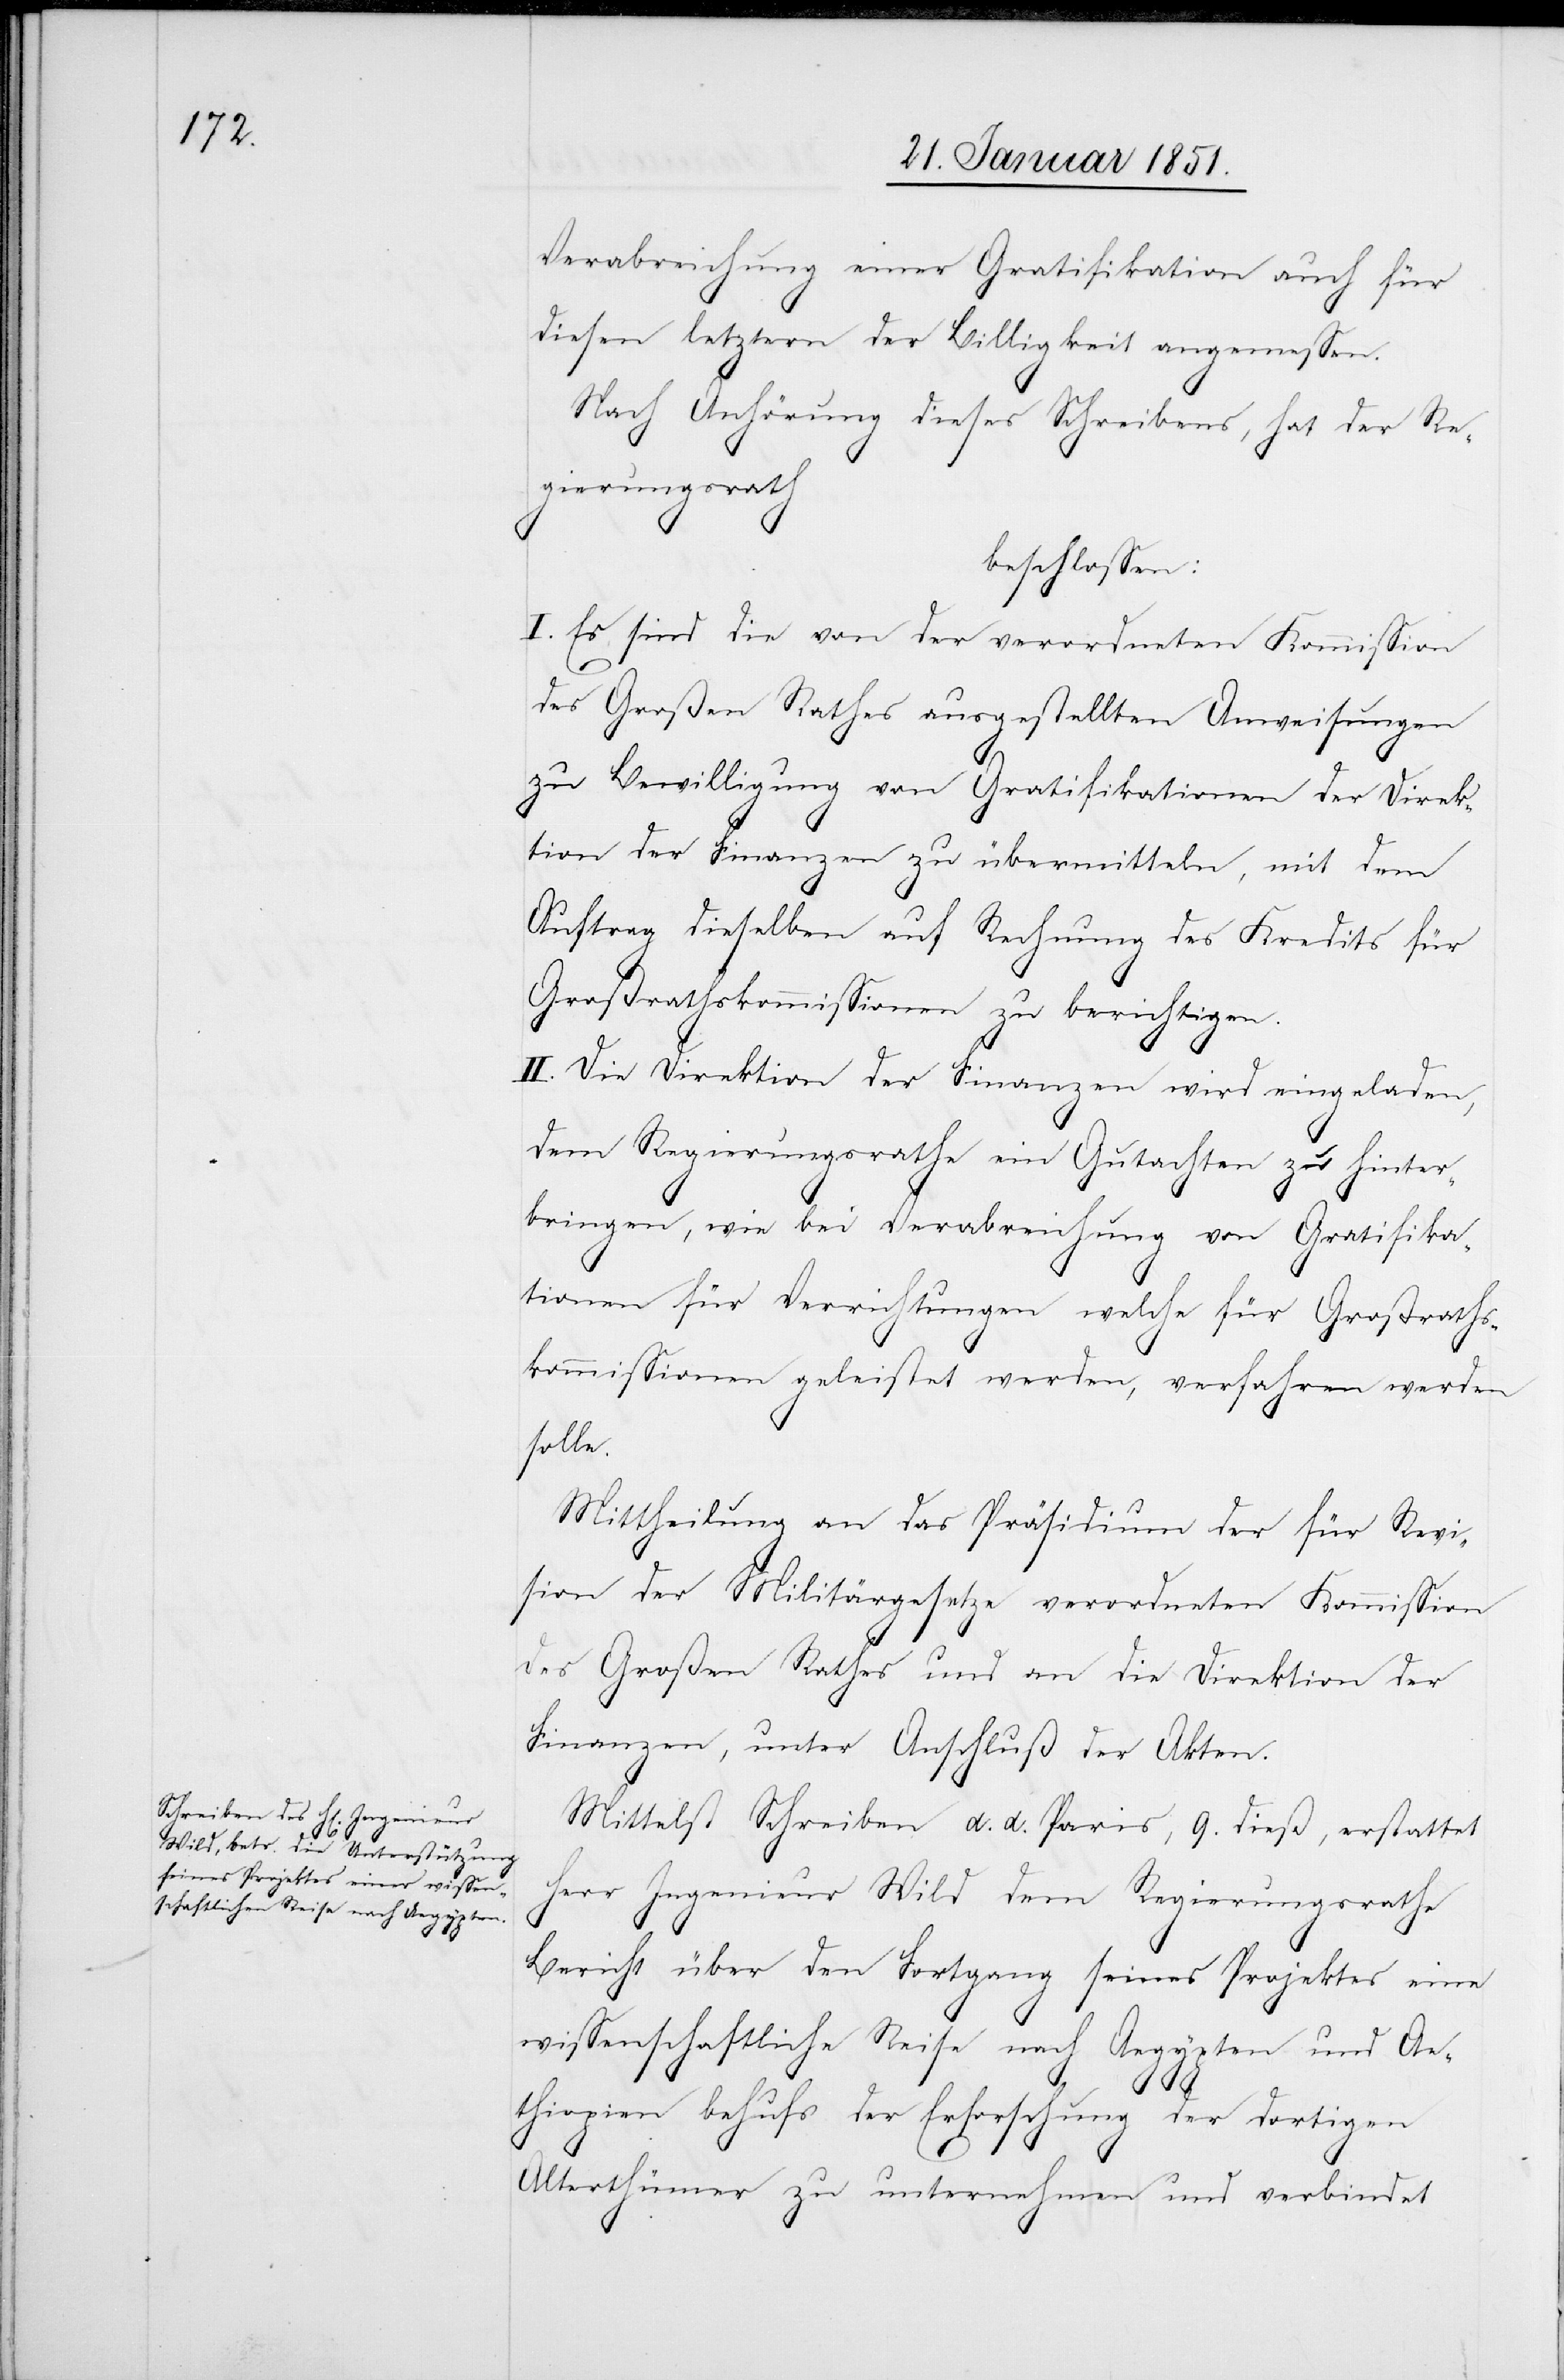
Verabreichung einer Gratifikation auch für
diesen letztern der Billigkeit angemessen.
Nach Anhörung dieses Schreibens, hat der Re¬
gierungsrath
beschlossen:
I. Es sind die von der verordneten Kommission
des Großen Rathes ausgestellten Anweisungen
zu Bewilligung von Gratifikationen der Direk¬
tion der Finanzen zu übermitteln, mit dem
Auftrag dieselben auf Rechnung des Kredits für
Großrathskommissionen zu berichtigen.
II. Die Direktion der Finanzen wird eingeladen,
dem Regierungsrathe ein Gutachten zu hinter¬
bringen, wie bei Verabreichung von Gratifika¬
tionen für Verrichtungen welche für Großraths¬
kommissionen geleistet werden, verfahren werden
solle.
Mittheilung an das Präsidium der für Revi¬
sion der Militärgesetze verordneten Kommission
des Großen Rathes und an die Direktion der
Finanzen, unter Anschluß der Akten.
Mittelst Schreiben d. d. Paris, 9. dieß, erstattet
Herr Ingenieur Wild dem Regierungsrathe
Bericht über den Fortgang seines Projektes eine
wissenschaftliche Reise nach Aegypten und Ae¬
thiopien behufs der Erforschung der dortigen
Alterthümer zu unternehmen und verbindet